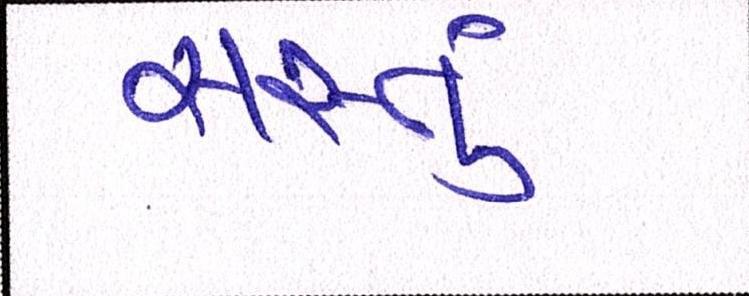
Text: સસ્તું